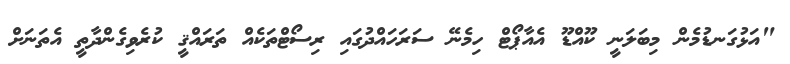
"އަޅުގަނޑުމެން މިބަލަނީ ކޫއްޑޫ އެއާޕޯޓް ހިމެނޭ ސަރަހައްދުގައި ރިސޯޓްތަކެއް ތަރައްޤީ ކުރެވިގެންދާތީ އެތަނަށް